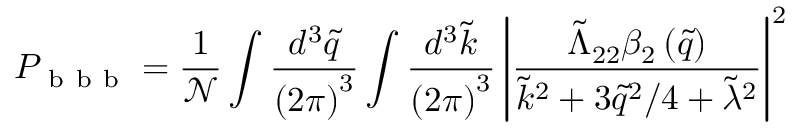
P _ { \mathrm { ~ b ~ b ~ b ~ } } = \frac { 1 } { \mathcal { N } } \int \frac { d ^ { 3 } \tilde { q } } { \left( 2 \pi \right) ^ { 3 } } \int \frac { d ^ { 3 } \tilde { k } } { \left( 2 \pi \right) ^ { 3 } } \left| \frac { \tilde { \Lambda } _ { 2 2 } \beta _ { 2 } \left( \tilde { q } \right) } { \tilde { k } ^ { 2 } + 3 \tilde { q } ^ { 2 } / 4 + \tilde { \lambda } ^ { 2 } } \right| ^ { 2 }